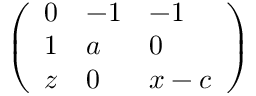
\left( \begin{array} { l l l } { 0 } & { - 1 } & { - 1 } \\ { 1 } & { a } & { 0 } \\ { z } & { 0 } & { x - c } \end{array} \right)